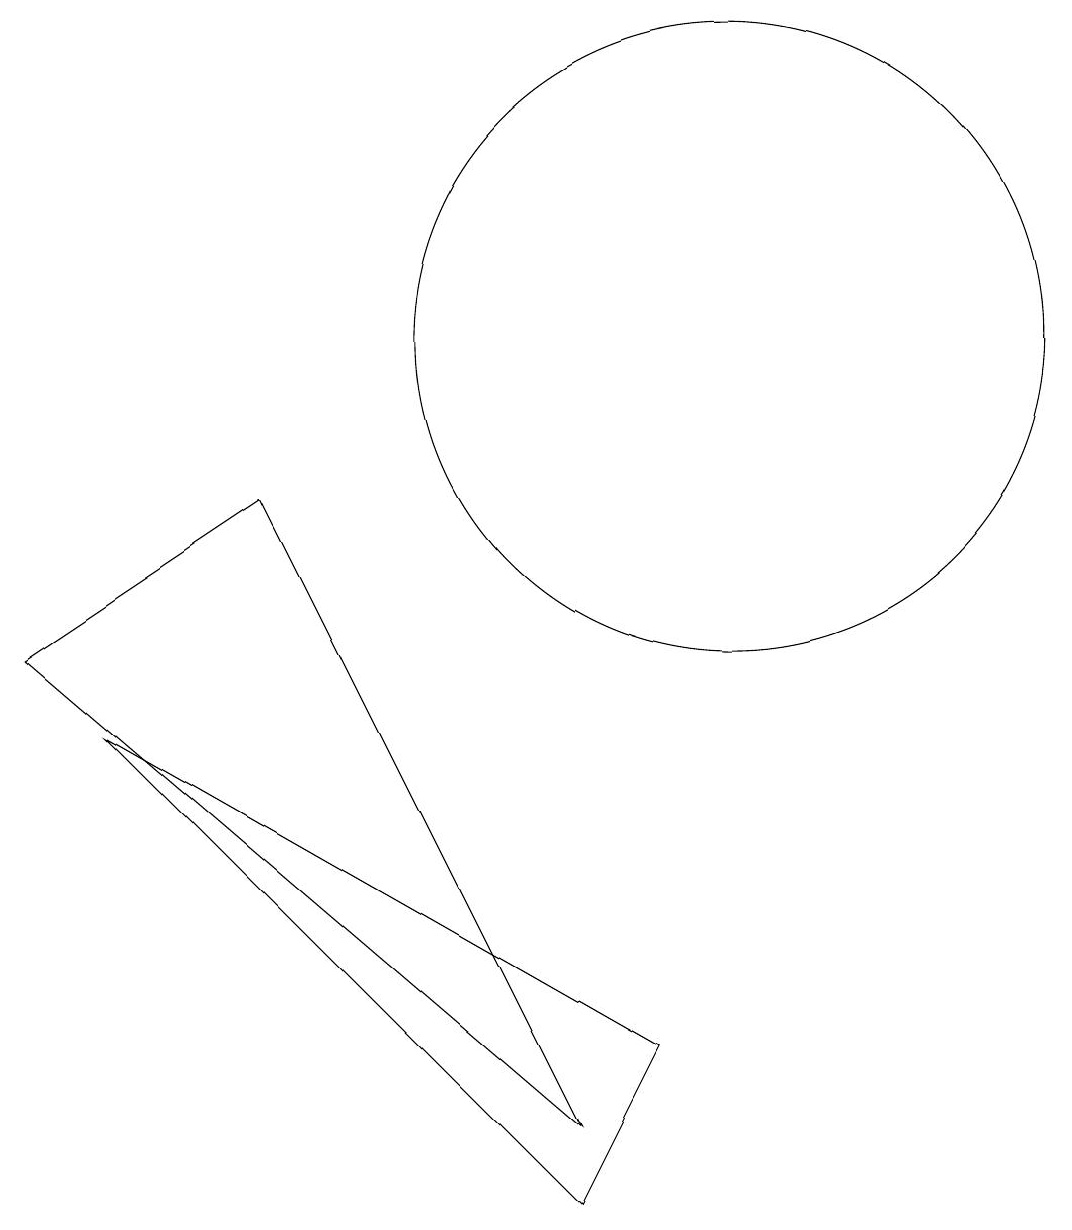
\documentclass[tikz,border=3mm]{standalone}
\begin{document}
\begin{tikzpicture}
\draw (1,7) -- (8,1) -- (4,9) -- cycle;
\draw (8,0) -- (2,6) -- (9,2) -- cycle;
\draw (10,11) circle (4);
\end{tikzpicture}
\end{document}